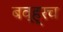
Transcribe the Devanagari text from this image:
बव्ह्रच